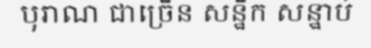
បុរាណ ជាច្រើន សន្ឋឹក សន្ឋាប់